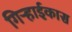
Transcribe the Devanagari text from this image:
गिऱ्हाईकास